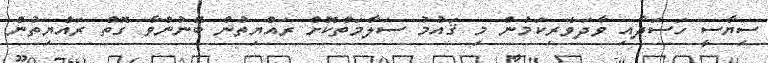
ސިޔާސީ ހަސަދާއި ވާދަވެރިކަމުން މި ޤައުމު ސަލާމަތްކޮށް ރައްޔިތުން ބޭނުންވާ ގޮތް ރައްޔިތުން